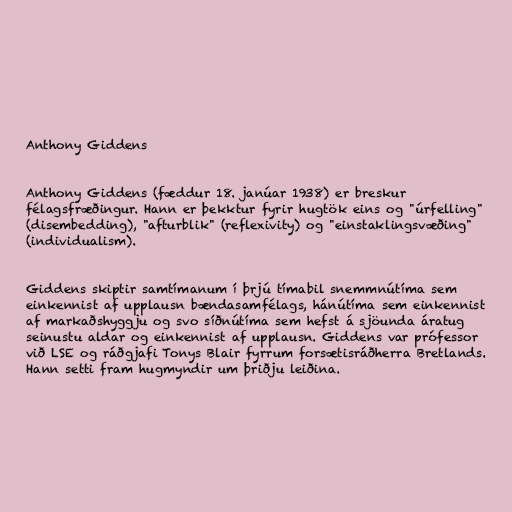
Anthony Giddens

Anthony Giddens (fæddur 18. janúar 1938) er breskur
félagsfræðingur. Hann er þekktur fyrir hugtök eins og "úrfelling"
(disembedding), "afturblik" (reflexivity) og "einstaklingsvæðing"
(individualism).

Giddens skiptir samtímanum í þrjú tímabil snemmnútíma sem
einkennist af upplausn bændasamfélags, hánútíma sem einkennist
af markaðshyggju og svo síðnútíma sem hefst á sjöunda áratug
seinustu aldar og einkennist af upplausn. Giddens var prófessor
við LSE og ráðgjafi Tonys Blair fyrrum forsætisráðherra Bretlands.
Hann setti fram hugmyndir um þriðju leiðina.